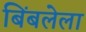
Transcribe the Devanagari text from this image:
बिंबलेला